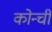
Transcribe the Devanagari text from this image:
कोन्ची